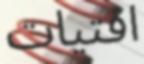
افتيات